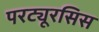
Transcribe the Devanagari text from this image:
परट्यूरसिस